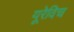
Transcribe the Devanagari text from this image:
यूरेविच